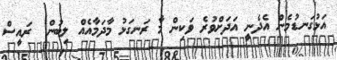
އަޅުގަނޑުމެން އެދެނީ އަދަށްވުރެ ވަކިން މާ ރަނގަޅު މާދަމާއެއް ލިބުން  ރައީސް